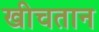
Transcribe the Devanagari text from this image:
खीचतान